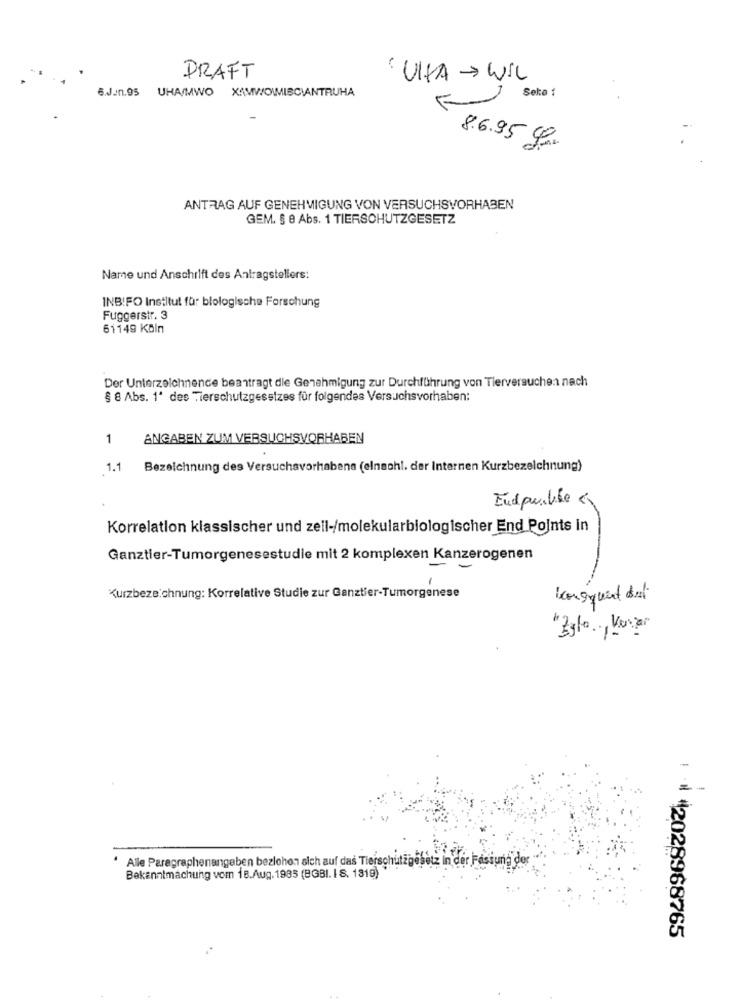
DRAFT
· UNA > WIL
6.Jun.95 UHA/MWO XAMWOWMISCIANTRUHA
Seko
F
8.6.95 f
ANTRAG AUF GENEHMIGUNG VON VERSUCHSVORHABEN
GEM. § 8 Abs. 1 TIERSCHUTZGESETZ
Name und Anschrift des Antragstellers:
INBIFO Institut für biologische Forschung
Fuggerstr. 3
61149 Köln
Der Unterzeichnence beantragt die Genehmigung zur Durchführung von Tierversuchen nach
§ 8 Abs. 1' des Tierschutzgesetzes für folgendes Versuchsvorhaben:
1
ANGABEN ZUM VERSUCHSVORHABEN
1.1
Bezeichnung des Versuchsvorhabens (einschl. der Internen Kurzbezeichnung)
Endpunkte «
Korrelation klassischer und zeil-/molekularbiologischer End Points in
Ganztier-Tumorgenesestudie mit 2 komplexen Kanzerogenen
-
1
Kurzbezeichnung: Korrelative Studie zur Ganztier-Tumorgenese
bousquet but
Alle Paragraphenangaben bezlohen sich auf das Tierschutzgesetz in der Fasiuna de
Bekanntmachung vom 18.Aug. 1985 (BGBI. I S. 1319)
: 42028968765